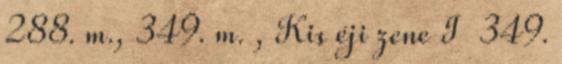
288. m., 349. m. , Kis éji zene I 349.